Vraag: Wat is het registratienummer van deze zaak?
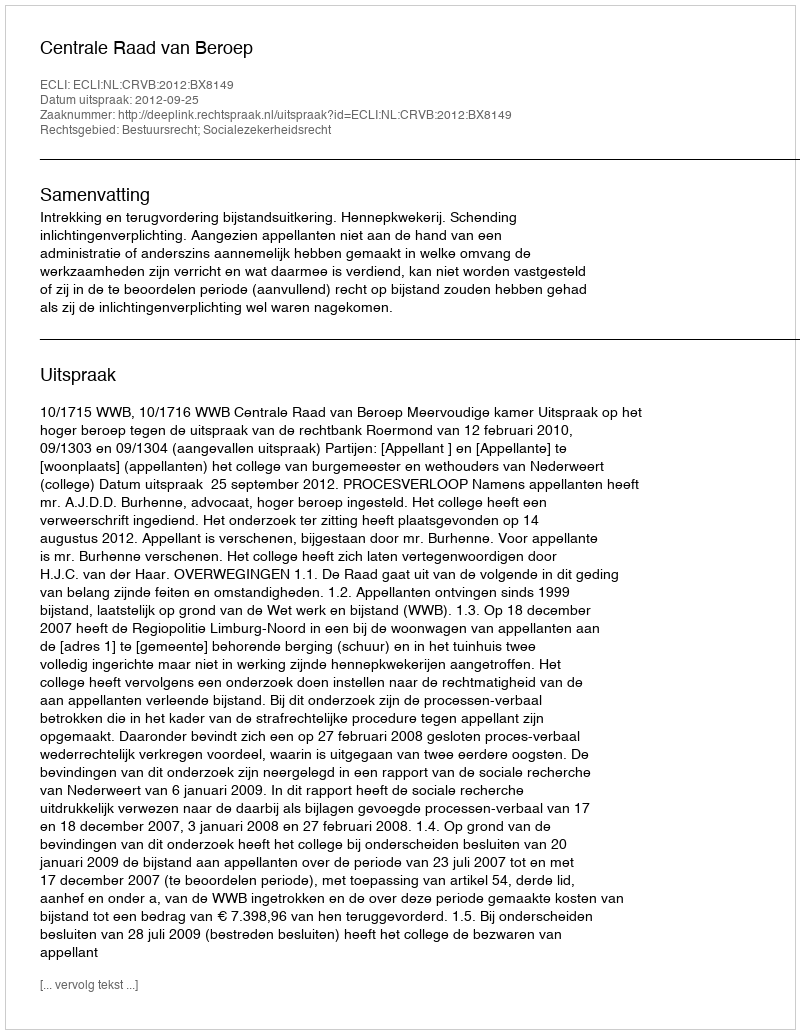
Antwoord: http://deeplink.rechtspraak.nl/uitspraak?id=ECLI:NL:CRVB:2012:BX8149